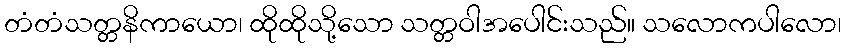
တံတံသတ္တနိကာယော၊ ထိုထိုသို့သော သတ္တဝါအပေါင်းသည်။ သလောကပါလော၊